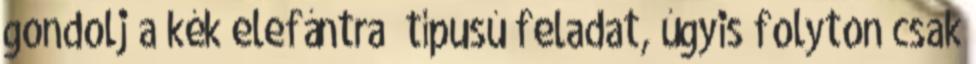
gondolj a kék elefántra” típusú feladat, úgyis folyton csak